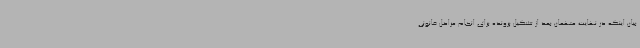
بیان اینکه در نهایت متهمان بعد از تشکیل پرونده برای انجام مراحل قانونی